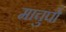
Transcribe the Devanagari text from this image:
माचुपो